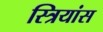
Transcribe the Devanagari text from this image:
स्त्रियांस